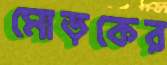
মোড়কের